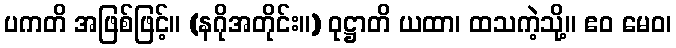
ပကတိ အဖြစ်ဖြင့်။ (နဂိုအတိုင်း။) ဝုဋ္ဌာတိ ယထာ၊ ထသကဲ့သို့။ ဧဝ မေဝ၊